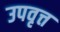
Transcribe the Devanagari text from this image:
उपवृत्त